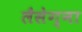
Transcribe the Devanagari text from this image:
लैसेग्ना